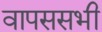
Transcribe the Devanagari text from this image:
वापससभी